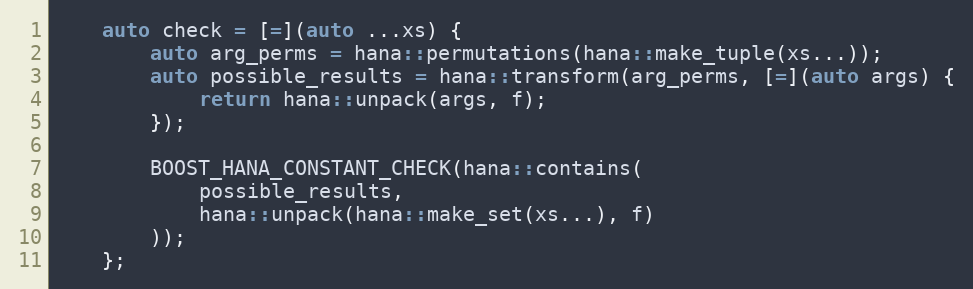
Language: C++
    auto check = [=](auto ...xs) {
        auto arg_perms = hana::permutations(hana::make_tuple(xs...));
        auto possible_results = hana::transform(arg_perms, [=](auto args) {
            return hana::unpack(args, f);
        });

        BOOST_HANA_CONSTANT_CHECK(hana::contains(
            possible_results,
            hana::unpack(hana::make_set(xs...), f)
        ));
    };